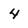
Character: 4